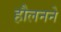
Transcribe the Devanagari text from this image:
हौलनने